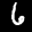
Label: 6